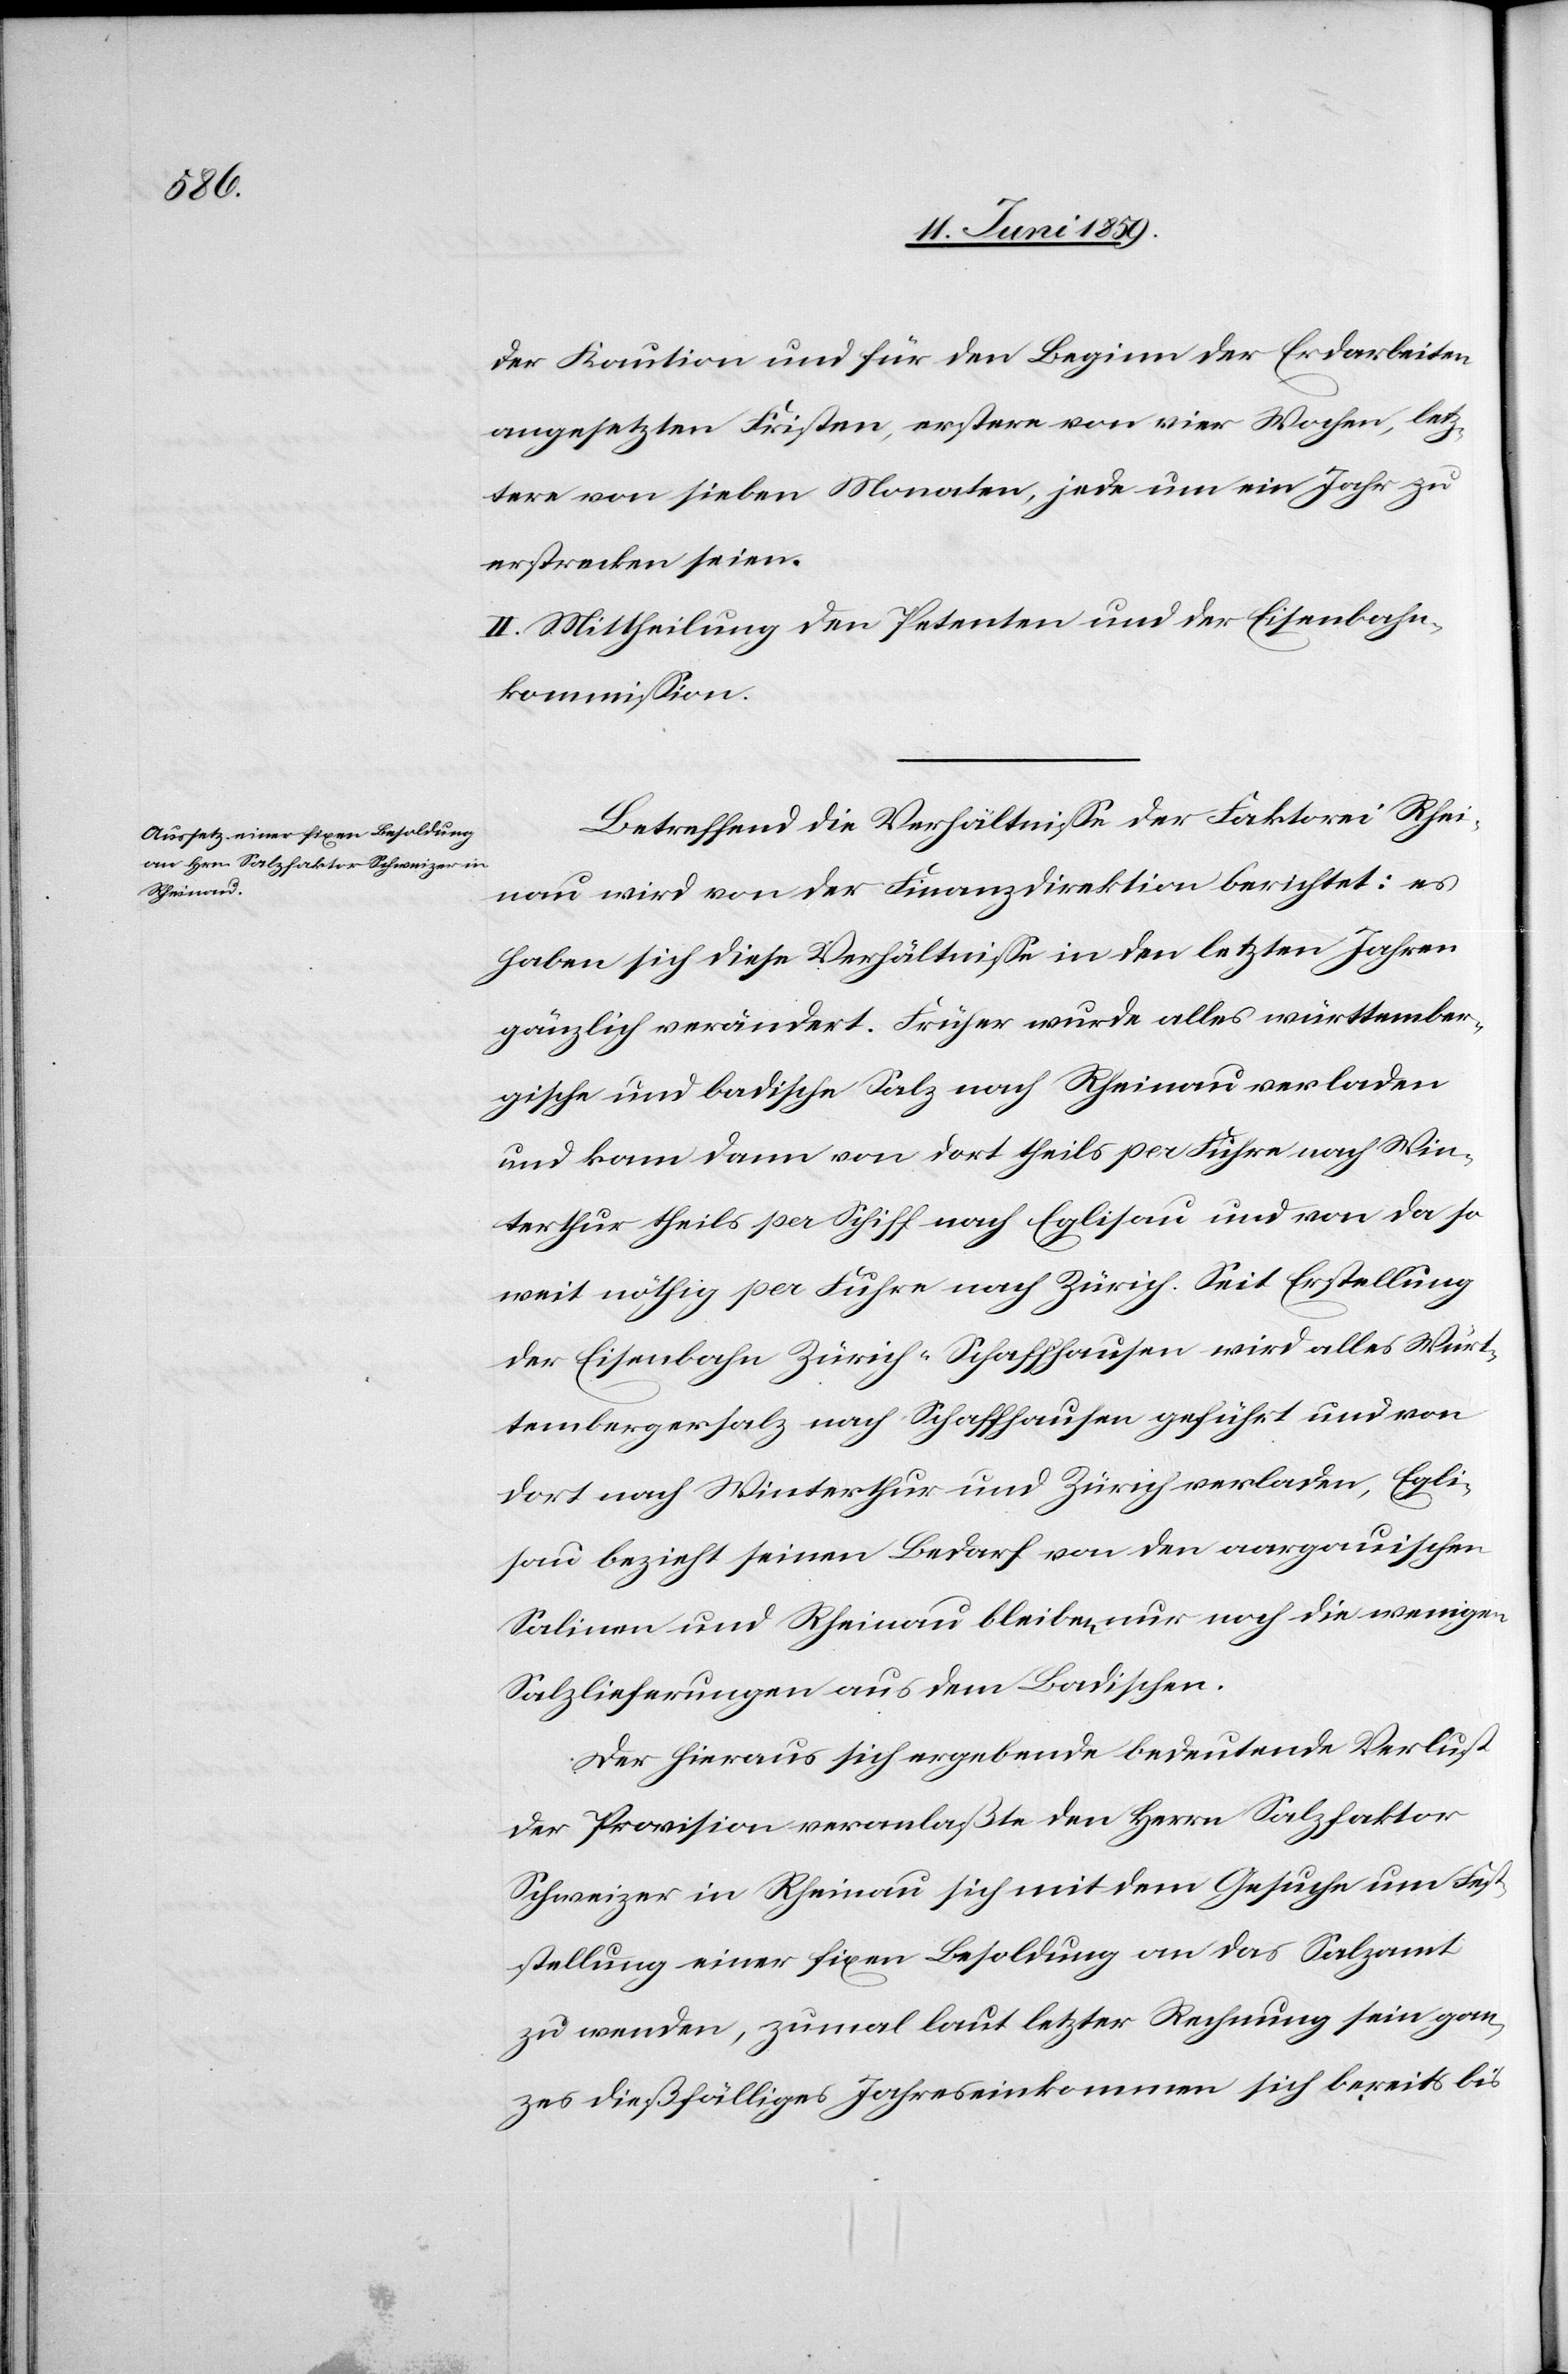
der Kaution und für den Beginn der Erdarbeiten
angesetzten Fristen, erstere von vier Wochen, letz¬
tere von sieben Monaten, jede um ein Jahr zu
erstrecken seien.
II. Mittheilung den Petenten und der Eisenbahn¬
kommission.
Betreffend die Verhältnisse der Faktorei Rhei¬
nau wird von der Finanzdirektion berichtet: es
haben sich diese Verhältnisse in den letzten Jahren
gänzlich verändert. Früher wurde alles württember¬
gische und badische Salz nach Rheinau verladen
und kam dann von dort theils per Fuhre nach Win¬
terthur theils per Schiff nach Eglisau und von da so
weit nöthig per Fuhre nach Zürich. Seit Erstellung
der Eisenbahn Zürich-Schaffhausen wird alles Würt¬
tembergersalz nach Schaffhausen geführt und von
dort nach Winterthur und Zürich verladen, Egli¬
sau bezieht seinen Bedarf von den aargauischen
Salinen und Rheinau bleibe nur noch die wenigen
Salzlieferungen aus dem Badischen.
Der hieraus sich ergebende bedeutende Verlust
der Provision veranlaßte den Herrn Salzfaktor
Schweizer in Rheinau sich mit dem Gesuche um Fest¬
stellung einer fixen Besoldung an das Salzamt
zu wenden, zumal laut letzter Rechnung sein gan¬
zes dießfälliges Jahreseinkommen sich bereits bis